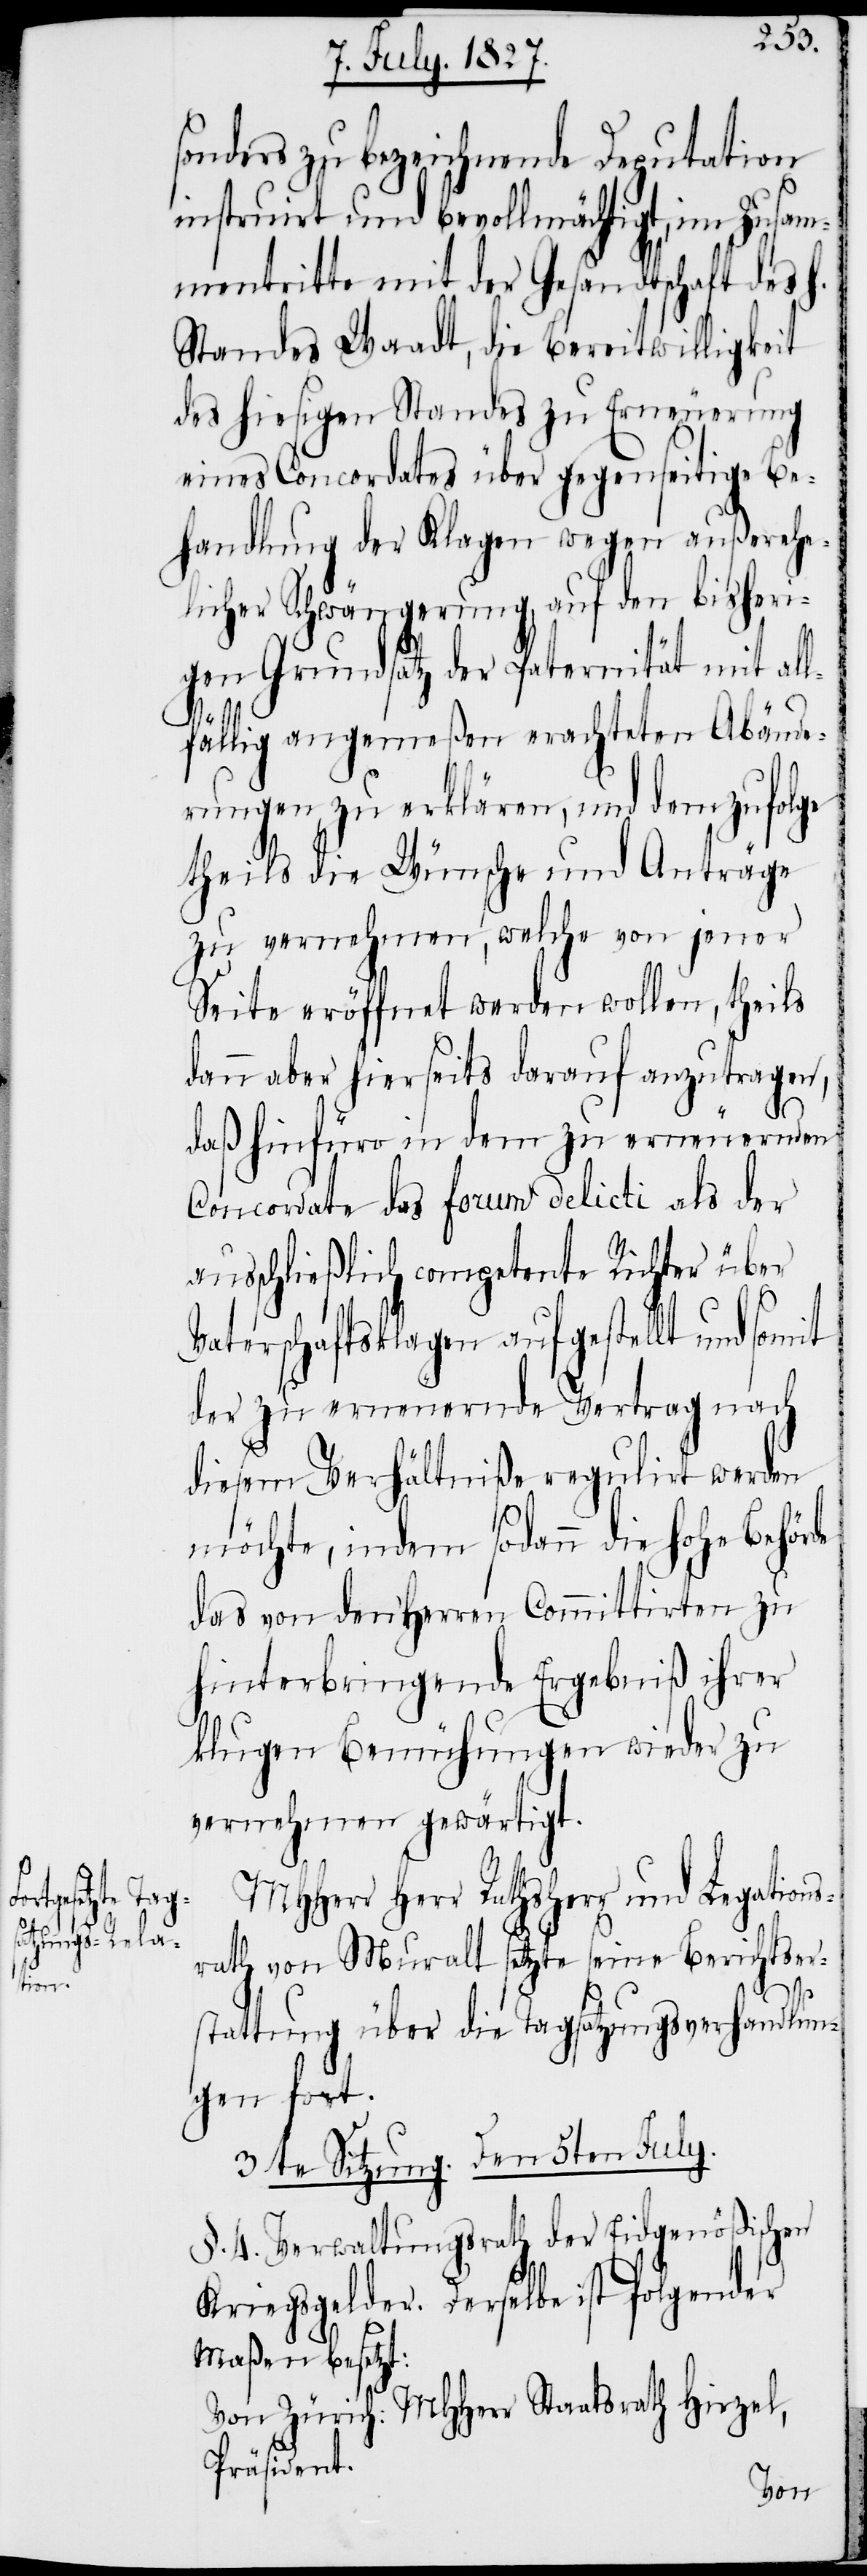
sonders zu bezeichnende Deputation
instruirt und bevollmächtigt, im Zusam¬
mentritte mit der Gesandtschaft des h.
Standes Waadt, die Bereitwilligkeit
des hiesigen Standes zu Erneuerung
eines Concordates über gegenseitige Be¬
handlung der Klagen wegen außerehe¬
licher Schwängerung, auf den bisheri¬
gen Grundsatz der Paternität mit al¬
lfällig angemeßen erachteten Abände¬
rungen zu erklären, und dem zufolge
theils die Wünsche und Anträge
zu vernehmen, welche von jener
Seite eröffnet werden wollen, theils
dann aber hierseits darauf anzutragen,
daß hinfüro in dem zu erneuernden
Concordate das forum delicti als der
ausschließlich competente Richter über
Vaterschaftsklagen aufgestellt und somit
der zu erneuernde Vertrag nach
diesem Verhältniße regulirt werden
möchte, indem sodann die hohe Behörde
des von den Herren Commitirten zu
hinterbringende Ergebniß ihrer
klugen Bemühungen wieder zu
vernehmen gewärtigt.
Herr [sic] Rathsherr und Legations¬
rath von Muralt setzte seine Berichtser¬
stattung über die Tagsatzungsverhandlun¬
gen fort.
3te Sitzung. Den 5ten July.
§. 4. Verwaltungsrath der Eidgenößischen
Kriegsgelder. Derselbe ist folgender
Maßen besetzt:
Von Zürich: MHHerr Staatsrath Hirzel,
Präsident.